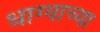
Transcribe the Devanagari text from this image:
धाग्याच्या